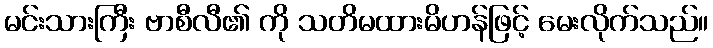
မင်းသားကြီး ဗာစီလီ၏ ကို သတိမထားမိဟန်ဖြင့် မေးလိုက်သည်။